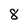
Character: 8